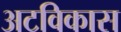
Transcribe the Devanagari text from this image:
अटविकास